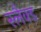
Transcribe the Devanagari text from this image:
स्लैक्ड